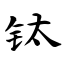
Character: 钛